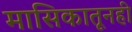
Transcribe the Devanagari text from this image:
मासिकातूनही